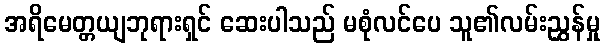
အရိမေတ္တယျဘုရားရှင် ဆေးပါသည် မစုံလင်ပေ သူ၏လမ်းညွှန်မှု